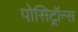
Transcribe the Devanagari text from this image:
पोसिट्रॉन्स